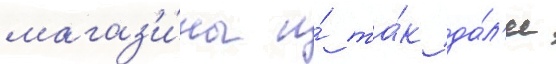
магаз'и́ны и́ та́к да́л'ее